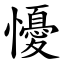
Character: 懮